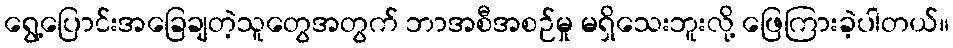
ရွေ့ပြောင်းအခြေချတဲ့သူတွေအတွက် ဘာအစီအစဉ်မှု မရှိသေးဘူးလို့ ဖြေကြားခဲ့ပါတယ်။